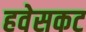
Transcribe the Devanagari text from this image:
हवेसकट